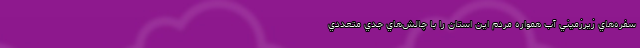
سفره‌هاي زيرزميني آب همواره مردم اين استان را با چالش‌هاي جدي متعددي